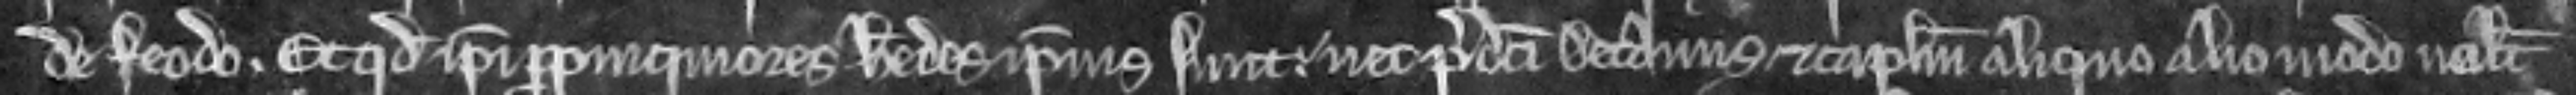
de feodo. Et quod ipsi propinquiores heredes ipsius sunt. nec predicti Decanus et capitulum aliquo alio modo volunt